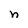
Character: n